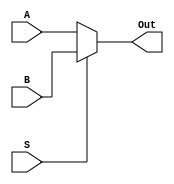
`timescale 1ns / 1ps
//////////////////////////////////////////////////////////////////////////////////
// Company: 
// Engineer: 
// 
// Design Name: 
// Module Name: MUX_2x1
// Project Name: 
// Target Devices: 
// Tool Versions: 
// Description: 
// 
// Dependencies: 
// 
// Revision:
// Revision 0.01 - File Created
// Additional Comments:
// 
//////////////////////////////////////////////////////////////////////////////////


module MUX_2x1(
    input [63:0] A,
    input [63:0] B,
    input S,
    output [63:0] Out
);
    assign Out = (S == 1'b0) ? A : B;
endmodule